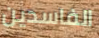
الفاسدين